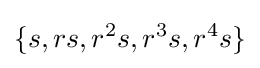
\{s,rs,r^{2}s,r^{3}s,r^{4}s\}